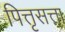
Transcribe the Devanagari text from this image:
पित्तृसत्ता